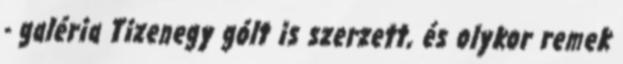
- galéria Tizenegy gólt is szerzett, és olykor remek